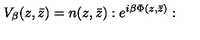
V _ { \beta } ( z , \bar { z } ) = n ( z , \bar { z } ) : e ^ { i \beta \Phi ( z , \bar { z } ) } :